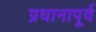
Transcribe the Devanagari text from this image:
प्रधानापूर्व